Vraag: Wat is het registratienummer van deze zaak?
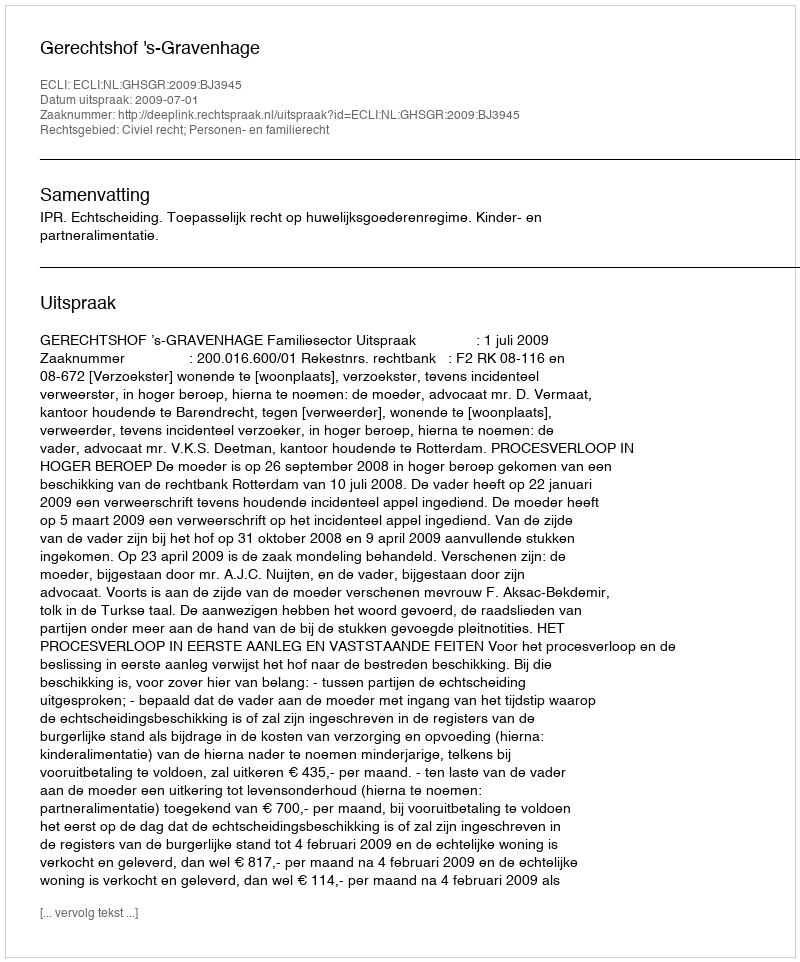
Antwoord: http://deeplink.rechtspraak.nl/uitspraak?id=ECLI:NL:GHSGR:2009:BJ3945